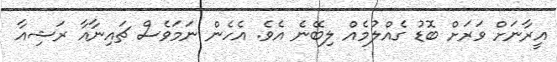
އީރާނަށް ވަރަށް ބޮޑު ގެއްލުމެއް ލިބޭނެ އެވެ. އެހެން ނަމަވެސް ޗައިނާއާ ރަޝިއާ